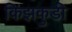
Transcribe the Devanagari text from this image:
किझकुडी